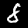
Label: 8